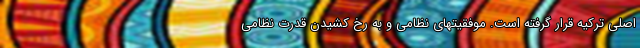
اصلی ترکیه قرار گرفته است. موفقیتهای نظامی و به رخ کشیدن قدرت نظامی